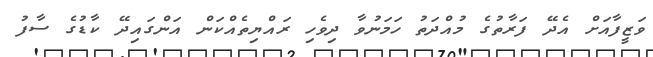
ވަޒީފާއަށް އެދޭ ފަރާތުގެ މުއްދަތު ހަމަނުވާ ދިވެހި ރައްޔިތެއްކަން އަންގައިދޭ ކާޑުގެ ސާފު